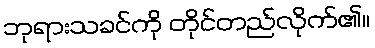
ဘုရားသခင်ကို တိုင်တည်လိုက်၏။